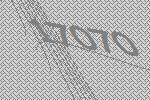
17070